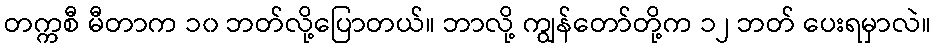
တက္ကစီ မီတာက ၁၀ ဘတ်လို့ပြောတယ်။ ဘာလို့ ကျွန်တော်တို့က ၁၂ ဘတ် ပေးရမှာလဲ။